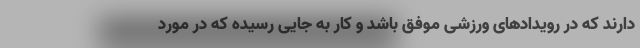
دارند که در رویدادهای ورزشی موفق باشد و کار به جایی رسیده که در مورد